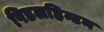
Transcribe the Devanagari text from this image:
पिडलहिन्टन